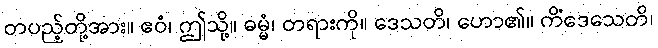
တပည့်တို့အား။ ဧဝံ၊ ဤသို့။ ဓမ္မံ၊ တရားကို။ ဒေသတိ၊ ဟော၏။ ကိံဒေသေတိ၊